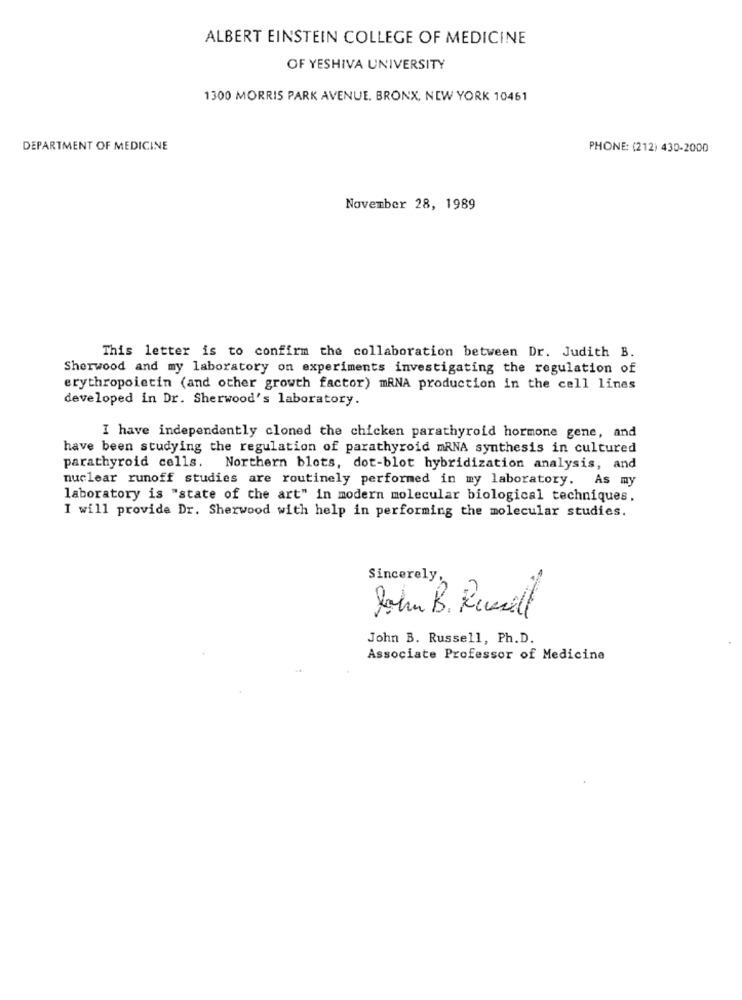
ALBERT EINSTEIN COLLEGE OF MEDICINE
OF YESHIVA UNIVERSITY
1300 MORRIS PARK AVENUE. BRONX, NEW YORK 10461
DEPARTMENT OF MEDICINE
PHONE: (212) 430-2000
November 28, 1989
This letter is to confirm the collaboration between Dr. Judith B.
Sherwood and my laboratory on experiments investigating the regulation of
erythropoietin (and other growth factor) mRNA production in the cell lines
developed in Dr. Sherwood's laboratory.
I have independently cloned the chicken parathyroid hormone gene, and
have been studying the regulation of parathyroid mRNA synthesis in cultured
parathyroid cells. Northern blots, dot-blot hybridization analysis, and
nuclear runoff studies are routinely performed in my laboratory. As my
laboratory is "state of the art" in modern molecular biological techniques.
I will provide Dr. Sherwood with help in performing the molecular studies.
Sincerely,
John B. Rusell
John B. Russell, Ph.D.
Associate Professor of Medicine